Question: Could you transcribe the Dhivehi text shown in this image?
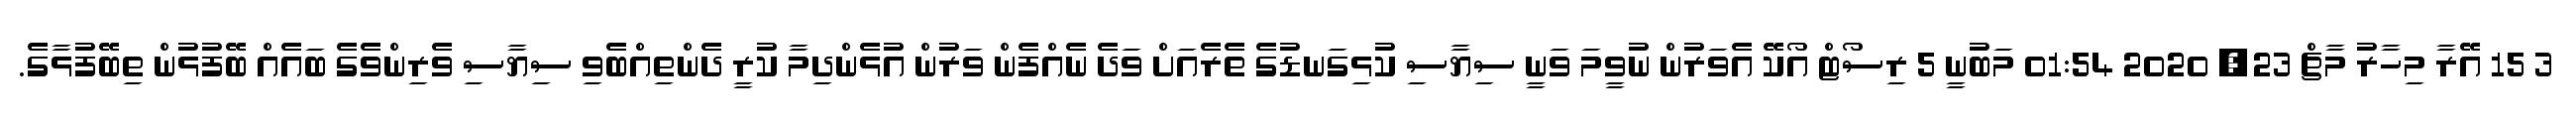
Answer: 3 15 އޭރާ މިހާރު މާޗް 23, 2020 01:54 މަބުނީ 5 ރިސޯޓް އޯކޭ އެވަރުން ނުވީމަ ވަނީ ސިޔާސި ކުޅިގަނޑުގެ ތެރެއަށް ވަދެ ނެއްފެން ވަރުން އުޅެންދިމާ ކުރީ ދެންތިއްބެވި ސިޔާސި ވެރިންވެގެ ބައެއް ބޭފުޅުން ތިބޭފުޅާގެ.